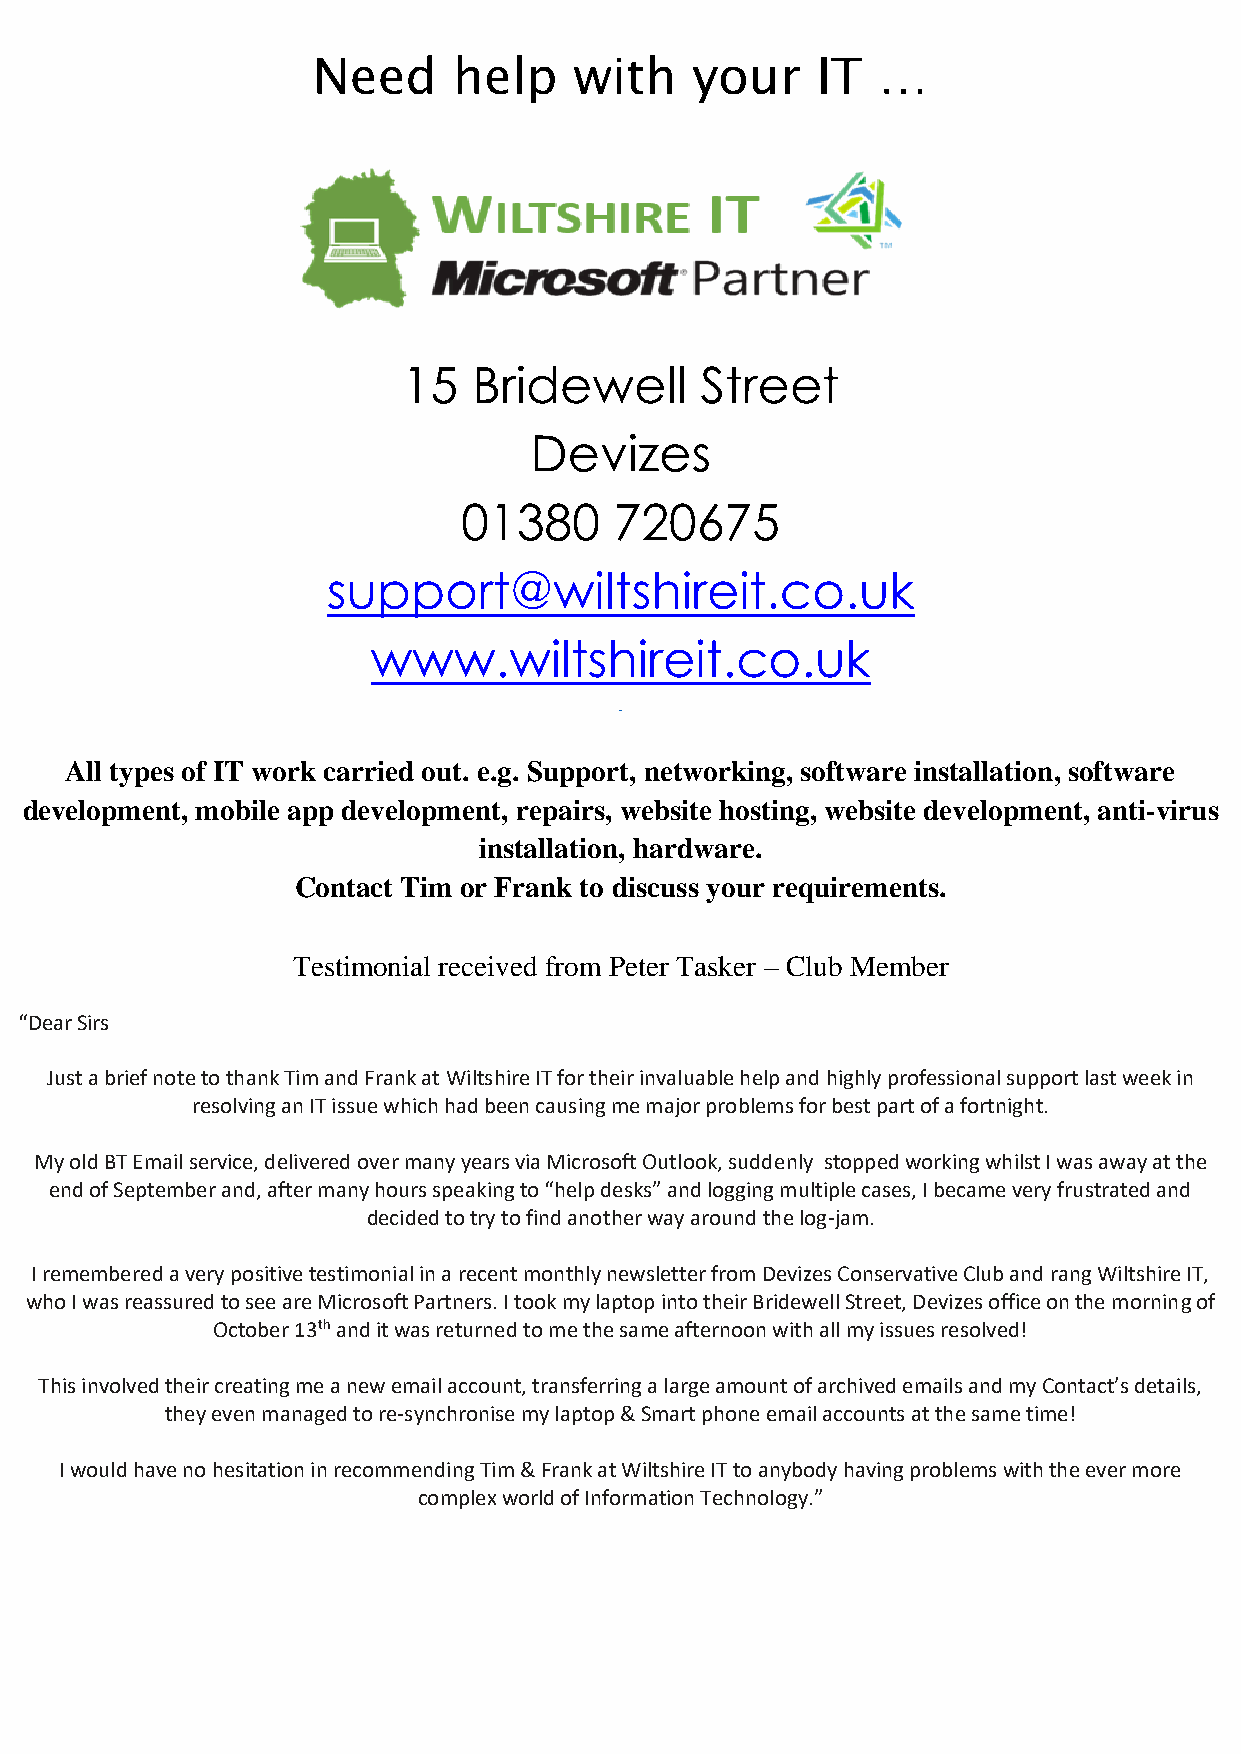
Need     help    with    your    IT  …
 15  Bridewell      Street
 Devizes
 01380     720675
 support@wiltshireit.co.uk
 www.wiltshireit.co.uk
 All types of IT work carried out. e.g. Support, networking, software installation, software
 development, mobile app development, repairs, website hosting, website development, anti-virus
 installation, hardware.
 Contact Tim or Frank to discuss your requirements.
 Testimonial received from Peter Tasker – Club Member
 “Dear Sirs
 Just a brief note to thank Tim and Frank at Wiltshire IT for their invaluable help and highly professional support last week in
 resolving an IT issue which had been causing me major problems for best part of a fortnight.
 My old BT Email service, delivered over many years via Microsoft Outlook, suddenly stopped working whilst I was away at the
 end of September and, after many hours speaking to “help desks” and logging multiple cases, I became very frustrated and
 decided to try to find another way around the log-jam.
 I remembered a very positive testimonial in a recent monthly newsletter from Devizes Conservative Club and rang Wiltshire IT,
 who I was reassured to see are Microsoft Partners. I took my laptop into their Bridewell Street, Devizes office on the morning of
 October 13th and it was returned to me the same afternoon with all my issues resolved!
 This involved their creating me a new email account, transferring a large amount of archived emails and my Contact’s details,
 they even managed to re-synchronise my laptop & Smart phone email accounts at the same time!
 I would have no hesitation in recommending Tim & Frank at Wiltshire IT to anybody having problems with the ever more
 complex world of Information Technology.”